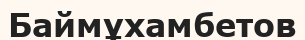
Баймұхамбетов